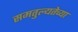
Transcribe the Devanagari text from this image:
समतुल्यतेच्या